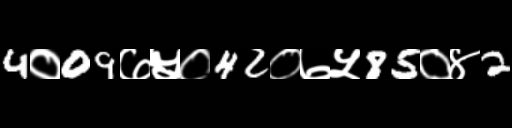
Text: 4०09७५०42०७५85०४2